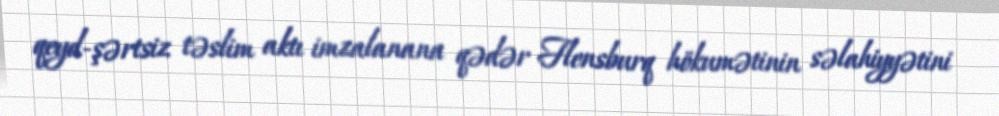
qeyd-şərtsiz təslim aktı imzalanana qədər Flensburq hökumətinin səlahiyyətini